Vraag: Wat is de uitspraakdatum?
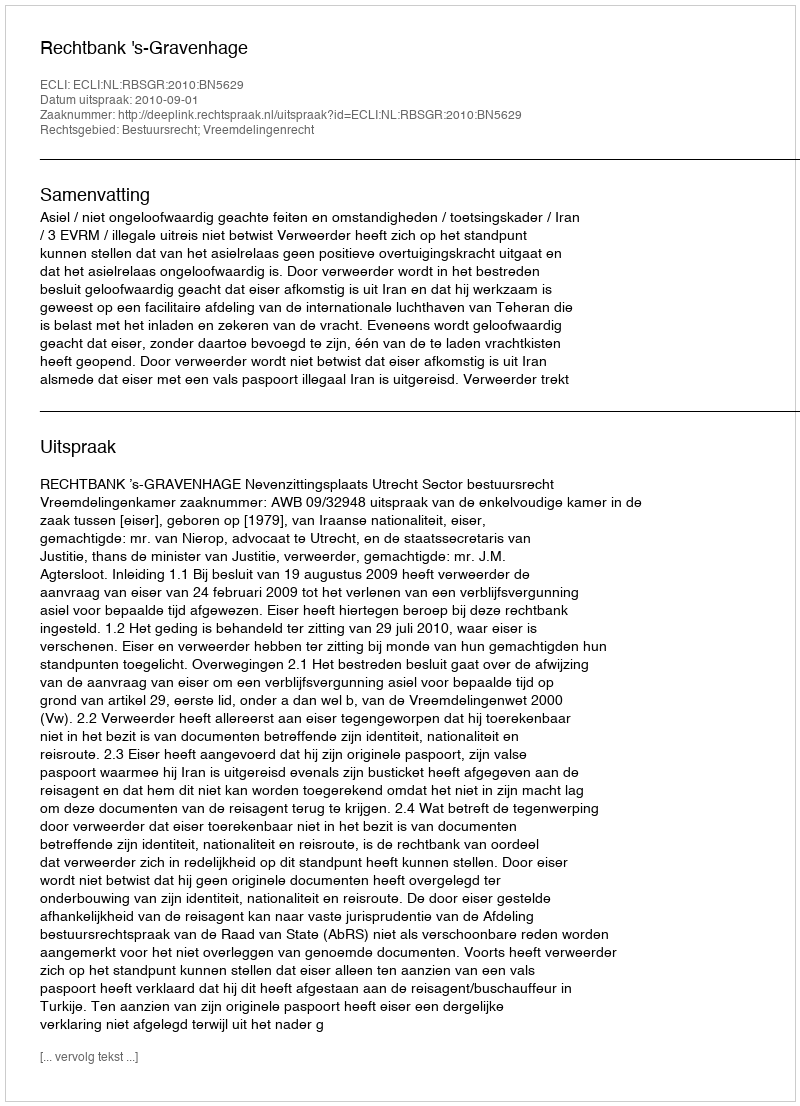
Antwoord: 2010-09-01